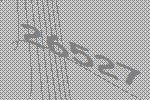
26527